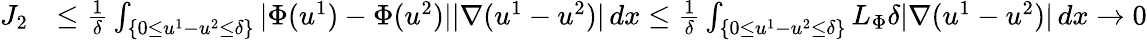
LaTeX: \begin{array}{rl}{J_{2}}&{\leq\frac{1}{\delta}\int_{\{ 0\leq u^{1}-u^{2}\leq\delta\} }|\Phi(u^{1})-\Phi(u^{2})||\nabla(u^{1}-u^{2})|\, dx\leq\frac{1}{\delta}\int_{\{ 0\leq u^{1}-u^{2}\leq\delta\} }L_{\Phi}\delta|\nabla(u^{1}-u^{2})|\, dx\to 0}\end{array}